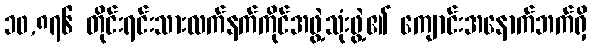
၁၀,၈၇၆ တိုင်းရင်းသားလက်နက်ကိုင်အဖွဲ့သုံးဖွဲ့၏ ကျောင်းအနောက်ဘက်ရှိ